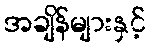
အချိန်များနှင့်